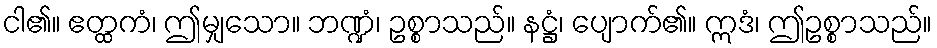
ငါ၏။ ဧတ္ထကံ၊ ဤမျှသော။ ဘဏ္ဍံ၊ ဥစ္စာသည်။ နဋ္ဌံ၊ ပျောက်၏။ ဣဒံ၊ ဤဥစ္စာသည်။